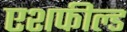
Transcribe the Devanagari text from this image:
एशफील्ड